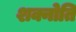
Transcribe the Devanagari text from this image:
शक्नोति